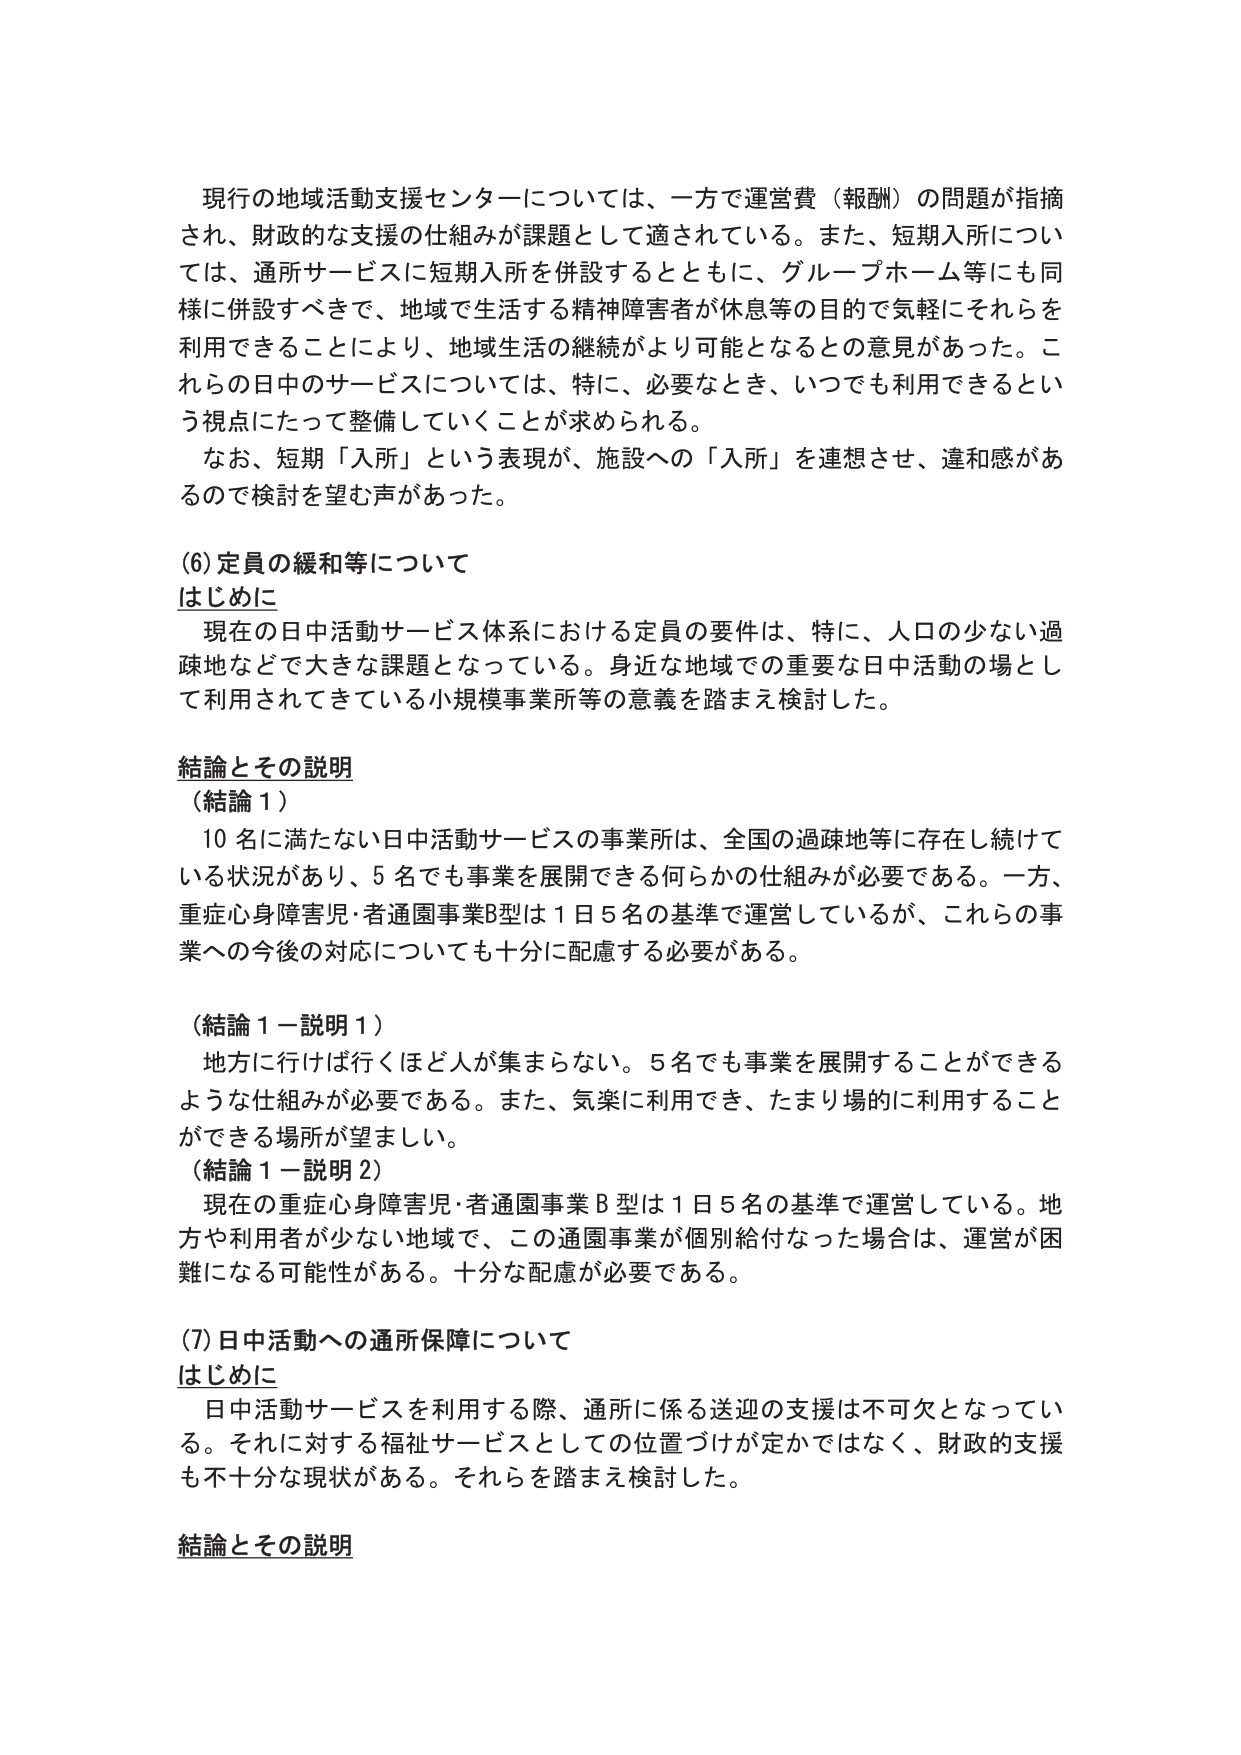
現行の地域活動支援センターについては、一方で運営費（報酬）の問題が指摘され、財政的な支援の仕組みが課題として適されている。また、短期入所については、通所サービスに短期入所を併設するとともに、グループホーム等にも同様に併設すべきで、地域で生活する精神障害者が休息等の目的で気軽にそれらを利用できることにより、地域生活の継続がより可能となるとの意見があった。これらの日中のサービスについては、特に、必要なとき、いつでも利用できるという視点にたって整備していくことが求められる。

なお、短期「入所」という表現が、施設への「入所」を連想させ、違和感があるので検討を望む声があった。

(6) 定員の緩和等について
はじめに
現在の日中活動サービス体系における定員の要件は、特に、人口の少ない過疎地などで大きな課題となっている。身近な地域での重要な日中活動の場として利用されてきている小規模事業所等の意義を踏まえ検討した。

結論とその説明
（結論１）
10 名に満たない日中活動サービスの事業所は、全国の過疎地等に存在し続けている状況があり、5 名でも事業を展開できる何らかの仕組みが必要である。一方、重症心身障害児・者通園事業B型は 1 日 5 名の基準で運営しているが、これらの事業への今後の対応についても十分に配慮する必要がある。

（結論１－説明１）
地方に行けば行くほど人が集まらない。5 名でも事業を展開することができるような仕組みが必要である。また、気楽に利用でき、たまり場的に利用することができる場所が望ましい。
（結論１－説明２）
現在の重症心身障害児・者通園事業Ｂ型は 1 日 5 名の基準で運営している。地方や利用者が少ない地域で、この通園事業が個別給付なった場合は、運営が困難になる可能性がある。十分な配慮が必要である。

(7) 日中活動への通所保障について
はじめに
日中活動サービスを利用する際、通所に係る送迎の支援は不可欠となっている。それに対する福祉サービスとしての位置づけが定かではなく、財政的支援も不十分な現状がある。それらを踏まえ検討した。

結論とその説明